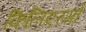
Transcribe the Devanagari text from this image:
किलिएरगो